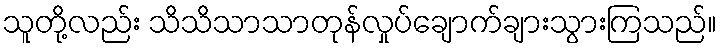
သူတို့လည်း သိသိသာသာတုန်လှုပ်ချောက်ချားသွားကြသည်။